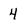
Character: 4